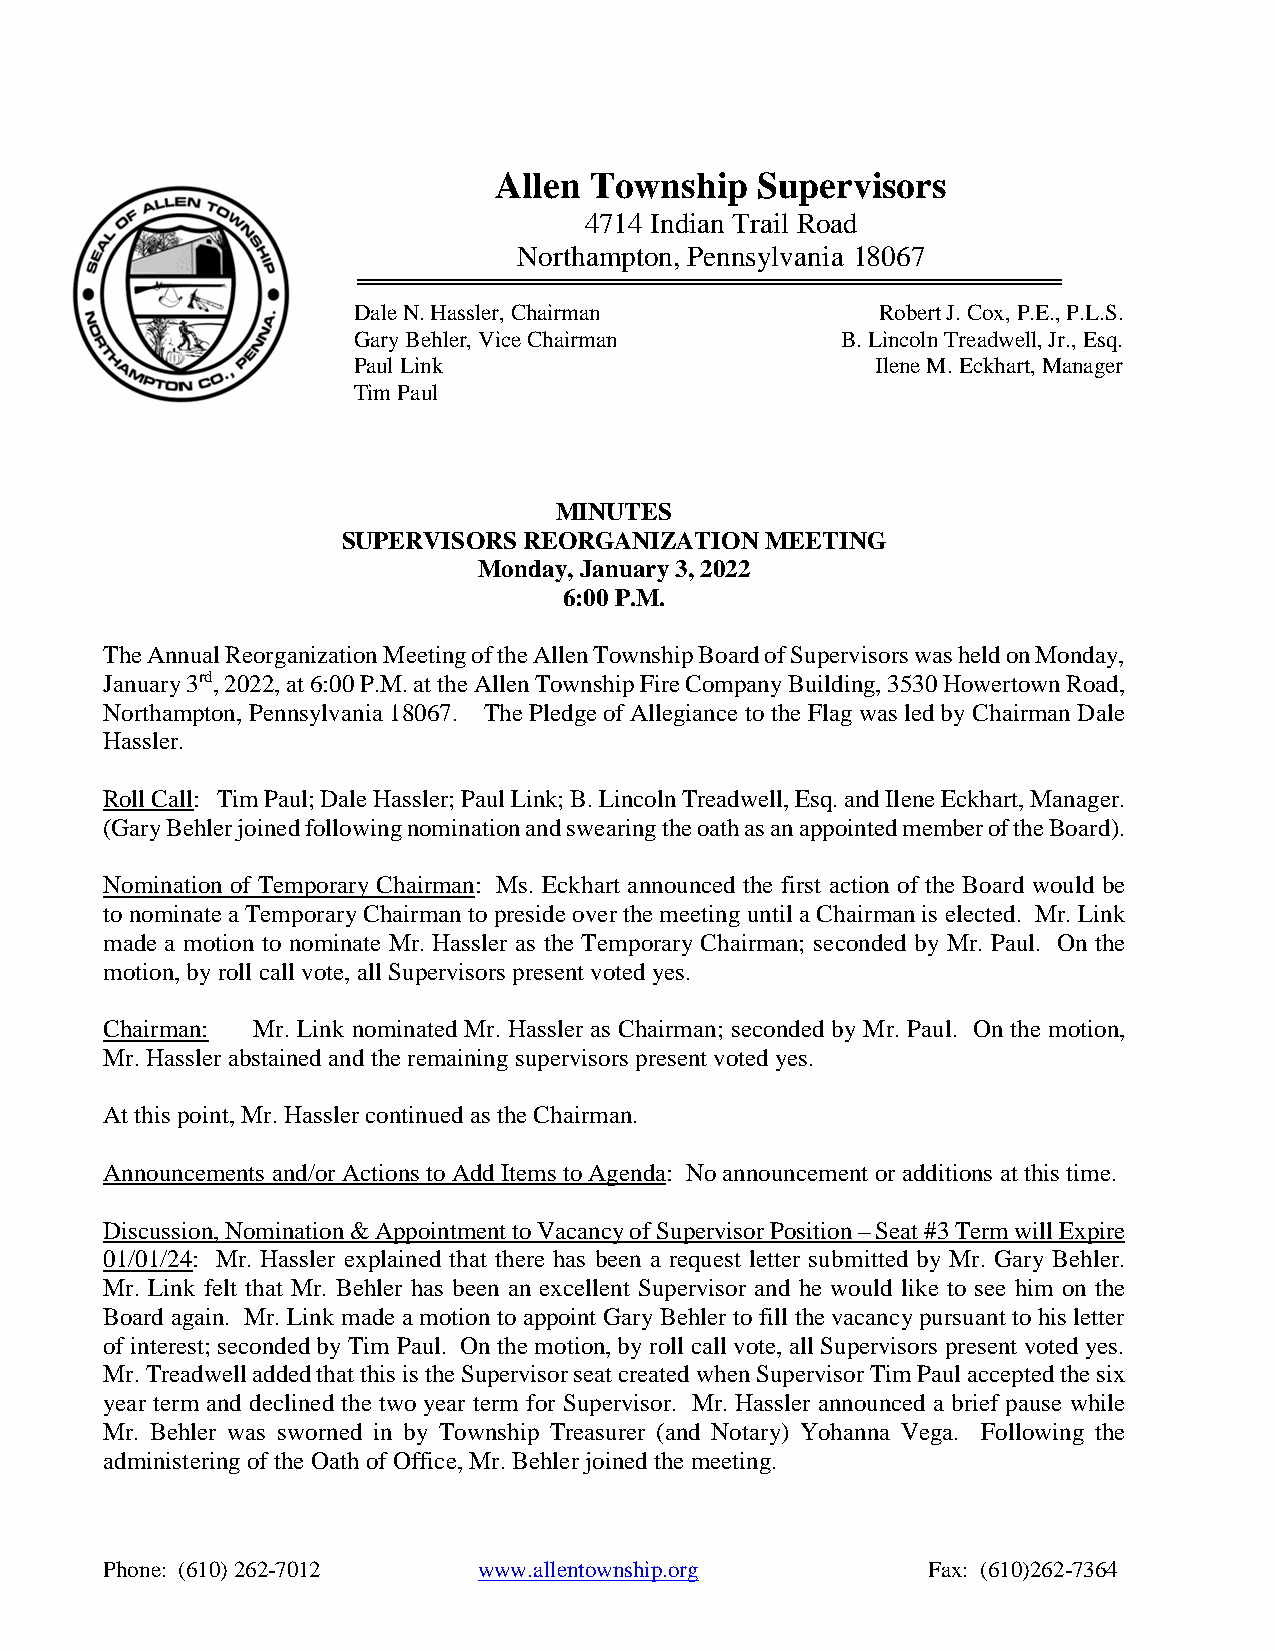
Allen Township   Supervisors
 4714 Indian Trail Road
 Northampton, Pennsylvania 18067
 Dale N. Hassler, Chairman          Robert J. Cox, P.E., P.L.S.
 Gary Behler, Vice Chairman       B. Lincoln Treadwell, Jr., Esq.
 Paul Link                          Ilene M. Eckhart, Manager
 Tim Paul
 MINUTES
 SUPERVISORS REORGANIZATION  MEETING
 Monday, January 3, 2022
 6:00 P.M.
 The Annual Reorganization Meeting of the Allen Township Board of Supervisors was held on Monday,
 January 3rd, 2022, at 6:00 P.M. at the Allen Township Fire Company Building, 3530 Howertown Road,
 Northampton, Pennsylvania 18067. The Pledge of Allegiance to the Flag was led by Chairman Dale
 Hassler.
 Roll Call: Tim Paul; Dale Hassler; Paul Link; B. Lincoln Treadwell, Esq. and Ilene Eckhart, Manager.
 (Gary Behler joined following nomination and swearing the oath as an appointed member of the Board).
 Nomination of Temporary Chairman: Ms. Eckhart announced the first action of the Board would be
 to nominate a Temporary Chairman to preside over the meeting until a Chairman is elected. Mr. Link
 made a motion to nominate Mr. Hassler as the Temporary Chairman; seconded by Mr. Paul. On the
 motion, by roll call vote, all Supervisors present voted yes.
 Chairman: Mr. Link nominated Mr. Hassler as Chairman; seconded by Mr. Paul. On the motion,
 Mr. Hassler abstained and the remaining supervisors present voted yes.
 At this point, Mr. Hassler continued as the Chairman.
 Announcements and/or Actions to Add Items to Agenda: No announcement or additions at this time.
 Discussion, Nomination & Appointment to Vacancy of Supervisor Position – Seat #3 Term will Expire
 01/01/24: Mr. Hassler explained that there has been a request letter submitted by Mr. Gary Behler.
 Mr. Link felt that Mr. Behler has been an excellent Supervisor and he would like to see him on the
 Board again. Mr. Link made a motion to appoint Gary Behler to fill the vacancy pursuant to his letter
 of interest; seconded by Tim Paul. On the motion, by roll call vote, all Supervisors present voted yes.
 Mr. Treadwell added that this is the Supervisor seat created when Supervisor Tim Paul accepted the six
 year term and declined the two year term for Supervisor. Mr. Hassler announced a brief pause while
 Mr. Behler was sworned in by Township Treasurer (and Notary) Yohanna Vega. Following the
 administering of the Oath of Office, Mr. Behler joined the meeting.
 Phone: (610) 262-7012    www.allentownship.org        Fax: (610)262-7364